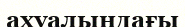
ахуалындағы